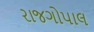
રાજગોપાલ